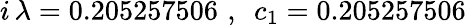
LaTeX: i\, \lambda=0.205257506\, \, ,\, \, \, c_{1}=0.205257506